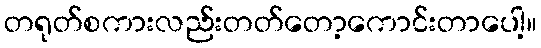
တရုတ်စကားလည်းတတ်တော့ကောင်းတာပေါ့။